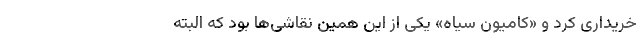
خریداری کرد و «کامیون سیاه»‌ یکی از این همین نقاشی‌ها بود که البته